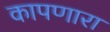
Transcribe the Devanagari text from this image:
कापणारा